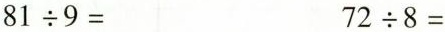
$$81\div9=$$ $$72\div8=$$